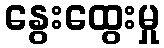
နွေးထွေးမှု